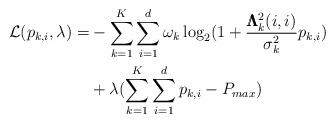
LaTeX: \begin{align*}\mathcal{L}(p_{k,i},\lambda) = & - \sum\limits_{k = 1}^K \sum\limits_{i=1}^{d} \omega_k \log _2 (1 + \frac{\pmb{\Lambda}_k^2(i,i)}{\sigma_k^2}p_{k,i})\\ & + \lambda (\sum\limits_{k = 1}^K\sum\limits_{i = 1}^d p_{k,i} - P_{max})\end{align*}